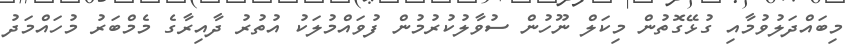
މިބައްދަލުވުމާއި ގުޅޭގޮތުން މިކަލް ނޫހުން ސުވާލުކުރުމުން ފުވައްމުލަކު އުތުރު ދާއިރާގެ މެމްބަރު މުހައްމަދު